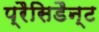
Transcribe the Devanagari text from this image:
प्रैसिडैन्ट